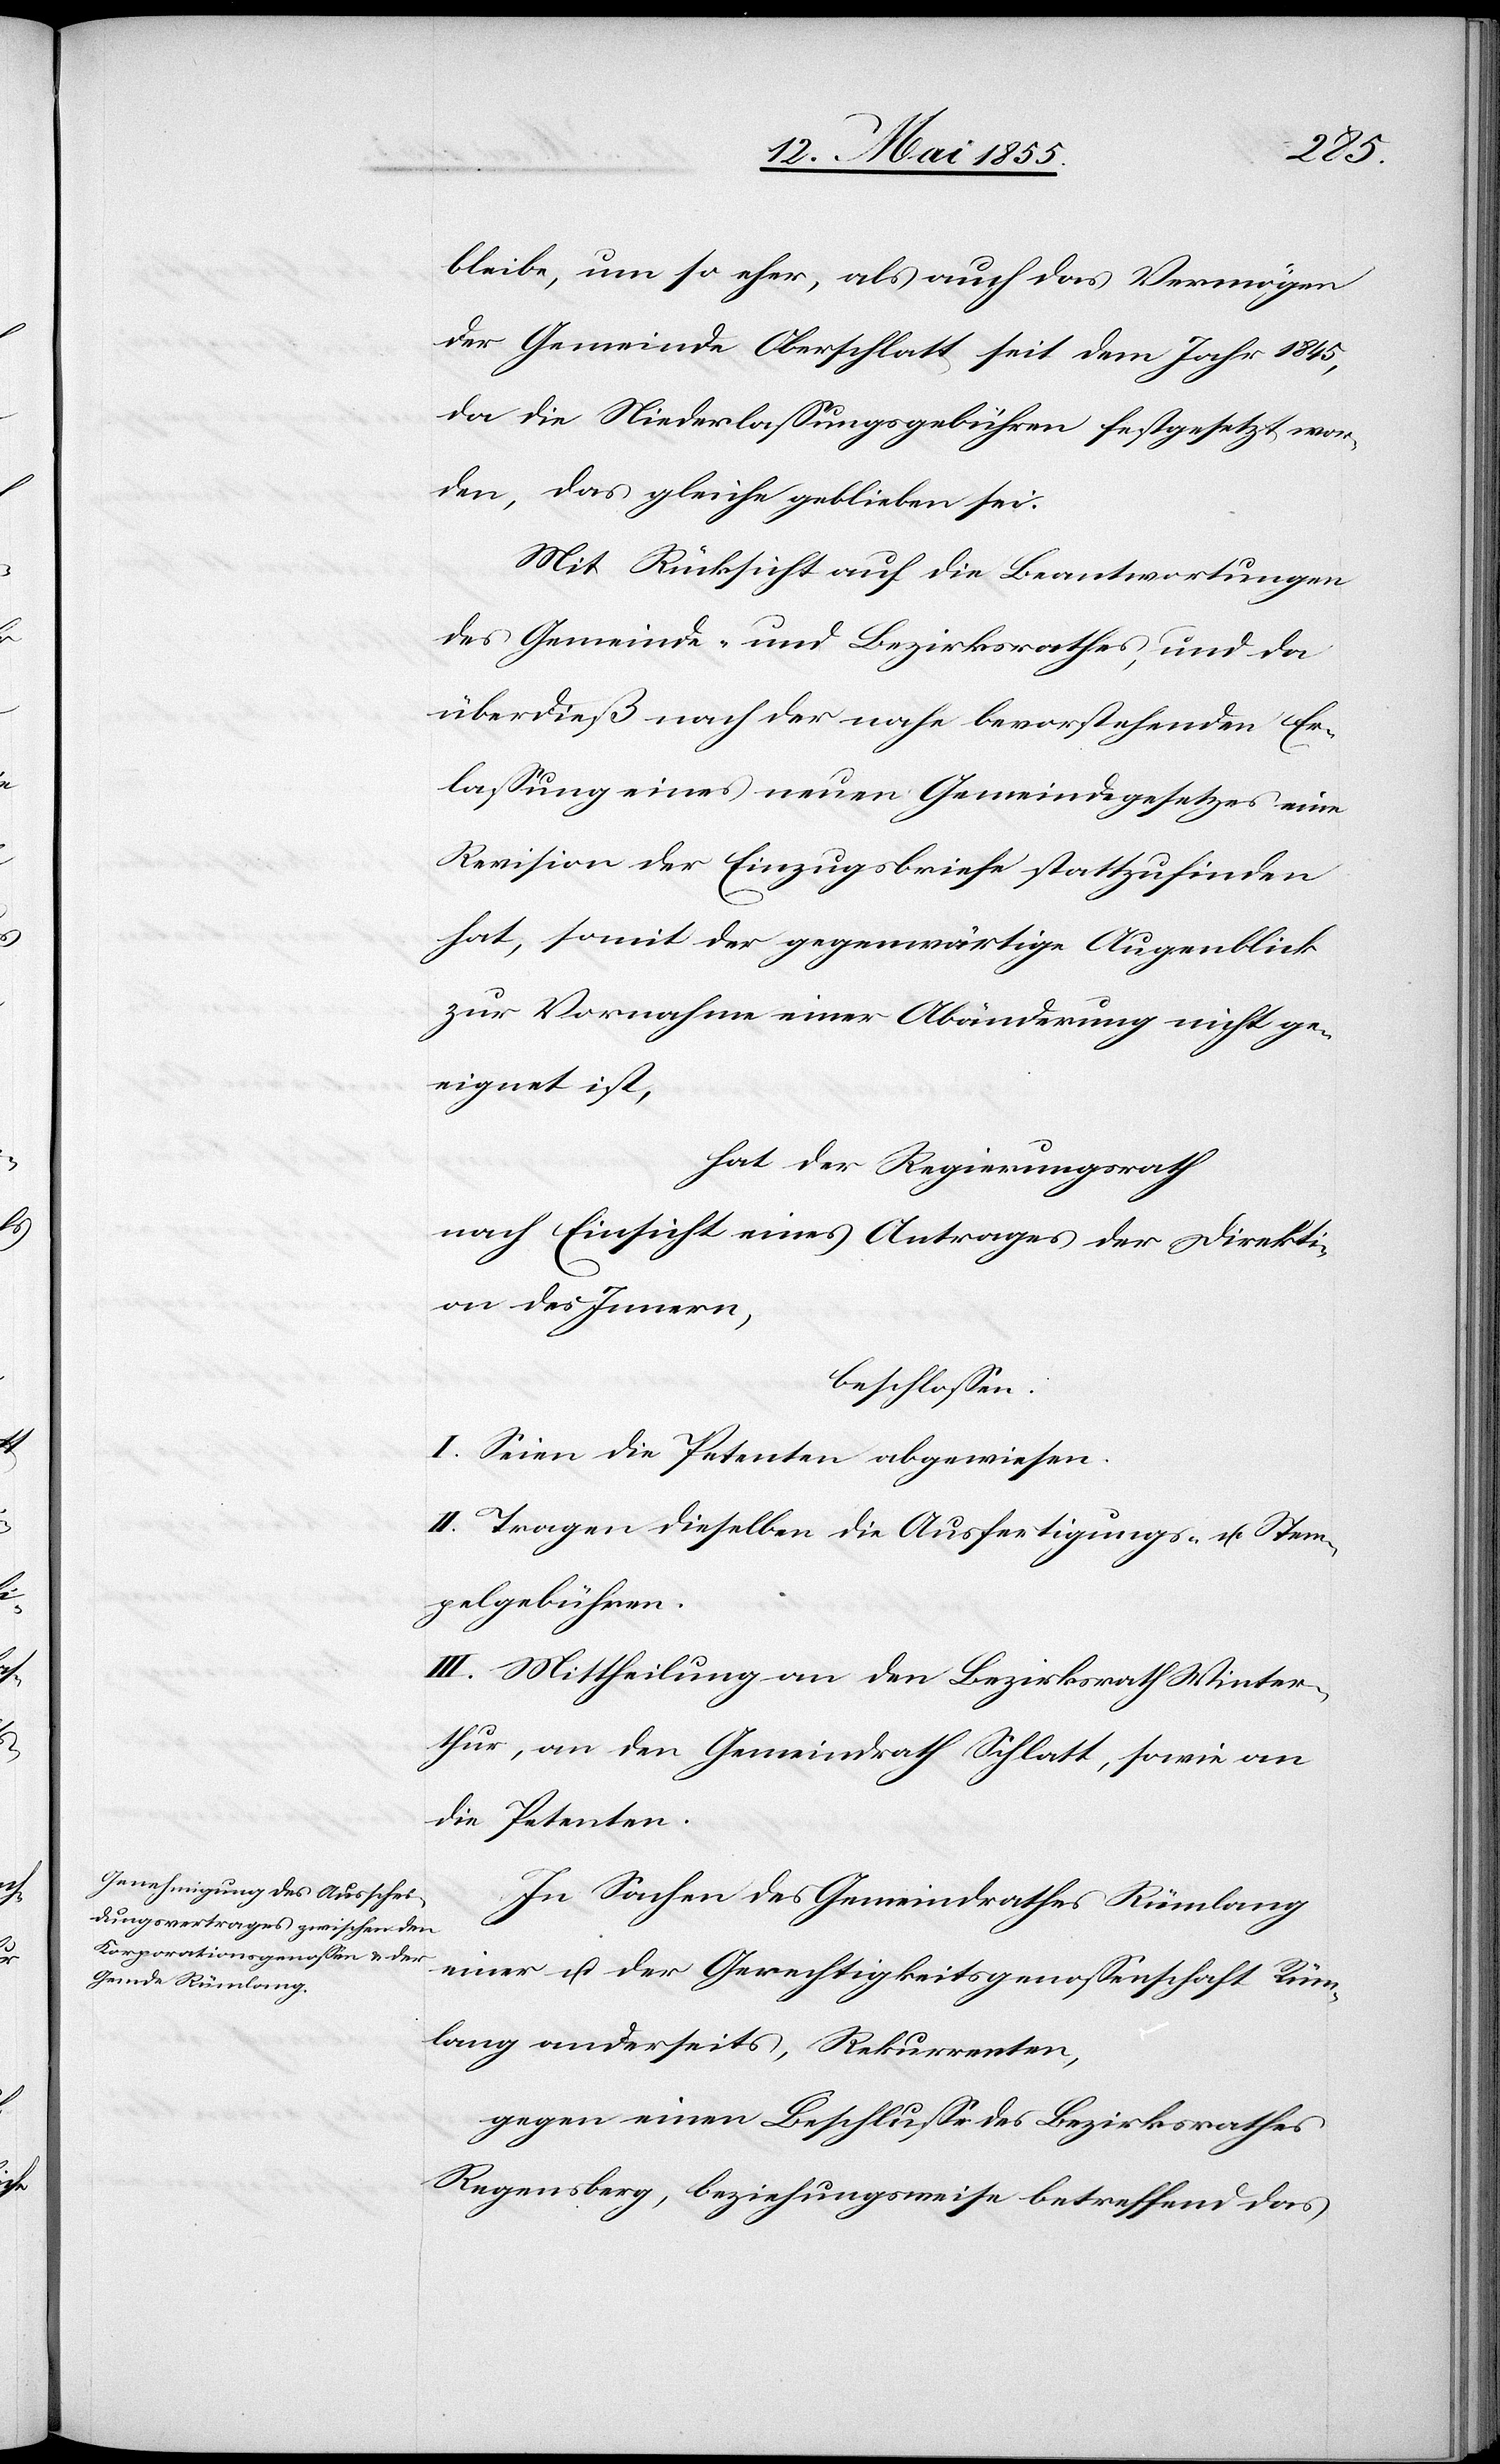
bleibe, um so eher, als auch das Vermögen
der Gemeinde Oberschlatt seit dem Jahr 1845,
da die Niederlassungsgebühren festgesetzt wor¬
den, das gleiche geblieben sei.
Mit Rücksicht auf die Beantwortungen
des Gemeinde- und Bezirksrathes, und da
überdieß nach der nahe bevorstehenden Er¬
lassung eines neuen Gemeindegesetzes eine
Revision der Einzugsbriefe stattzufinden
hat, somit der gegenwärtige Augenblick
zur Vornahme einer Abänderung nicht ge¬
eignet ist,
hat der Regierungsrath
nach Einsicht eines Antrages der Direkti¬
on des Innern,
beschlossen:
I. Seien die Petenten abgewiesen.
II. Tragen dieselben die Ausfertigungs- u. Stem¬
pelgebühren.
III. Mittheilung an den Bezirksrath Winter¬
thur, an den Gemeindrath Schlatt, sowie an
die Petenten.
In Sachen des Gemeindrathes Rümlang
einer[-] u. der Gerechtigkeitsgenossenschaft Rüm¬
lang anderseits, Rekurrenten,
gegen einen Beschluss des Bezirksrathes
Regensberg, beziehungsweise betreffend das